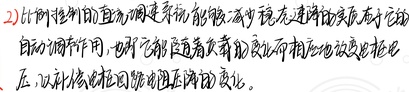
2) 比例控制的直流调速系统能够减少稳态速降的实质在于它的自动调节作用，也即它能随着负载的变化而相应地改变电枢电压，以补偿电枢回路电阻压降的变化。